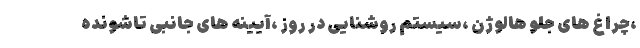
،چراغ های جلو هالوژن ،سیستم روشنایی در روز ،آیینه های جانبی تاشونده